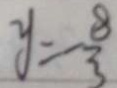
y = - \frac { 8 } { 3 }